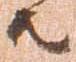
共